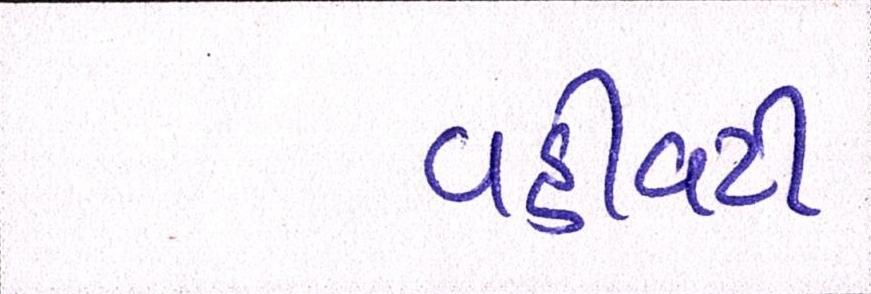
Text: વહીવટી